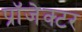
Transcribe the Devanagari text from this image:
प्रॉजेक्टर